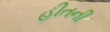
હીતની